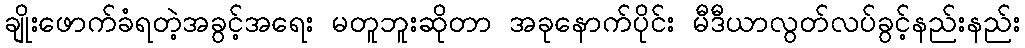
ချိုးဖောက်ခံရတဲ့အခွင့်အရေး မတူဘူးဆိုတာ အခုနောက်ပိုင်း မီဒီယာလွတ်လပ်ခွင့်နည်းနည်း